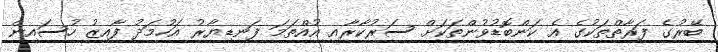
ބޭރުގެ ފަރާތްތަކުގެ އެ ކަންބޮޑުވުންތަކަށް ސަރުކާރާއި އުއްތަމަ ފަނޑިޔާރު އަހުމަދު ފާއިޒު ހުސައިން